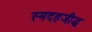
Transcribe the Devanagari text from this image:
स्मदहजीद्ध